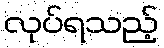
လုပ်ရသည့်